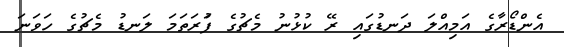
އެންޑޯރާގެ އަމިއްލަ ދަނޑުގައި ރޭ ކުޅުނު މެޗުގެ ފުަރަތަމަ ލަނޑު މެޗުގެ ހަވަނަ